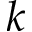
k